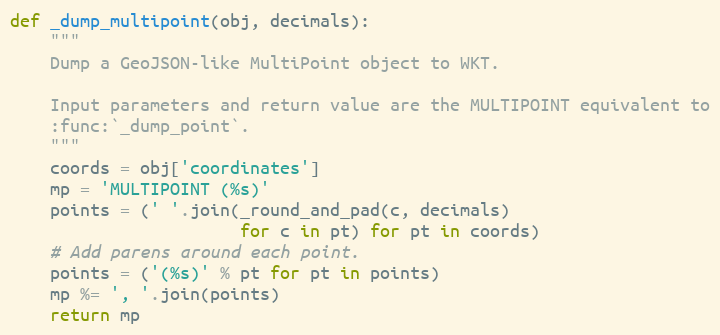
Language: Python
def _dump_multipoint(obj, decimals):
    """
    Dump a GeoJSON-like MultiPoint object to WKT.

    Input parameters and return value are the MULTIPOINT equivalent to
    :func:`_dump_point`.
    """
    coords = obj['coordinates']
    mp = 'MULTIPOINT (%s)'
    points = (' '.join(_round_and_pad(c, decimals)
                       for c in pt) for pt in coords)
    # Add parens around each point.
    points = ('(%s)' % pt for pt in points)
    mp %= ', '.join(points)
    return mp